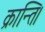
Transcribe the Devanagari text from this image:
क्रान्ति।